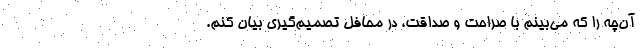
آن‌چه را که می‌بینم با صراحت و صداقت، در محافل تصمیم‌گیری بیان کنم.